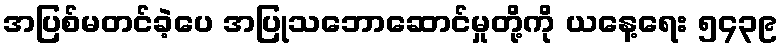
အပြစ်မတင်ခဲ့ပေ အပြုသဘောဆောင်မှုတို့ကို ယနေ့ရေး ၅၄၃၉